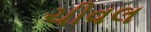
ચીવલ